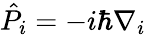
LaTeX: \hat{P}_{i}=-i\hbar\nabla_{i}